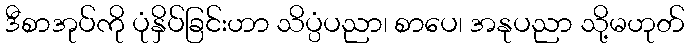
ဒီစာအုပ်ကို ပုံနှိပ်ခြင်းဟာ သိပ္ပံပညာ၊ စာပေ၊ အနုပညာ သို့မဟုတ်